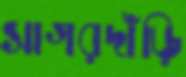
সাগরদাঁড়ি